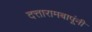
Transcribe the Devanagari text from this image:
दत्तारामबापूंनी